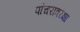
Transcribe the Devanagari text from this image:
पांचरात्ररक्षा